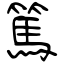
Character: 篤